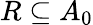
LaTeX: R\subseteq A_{0}